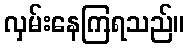
လှမ်းနေကြရသည်။